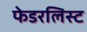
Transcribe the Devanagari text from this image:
फेडरलिस्ट